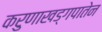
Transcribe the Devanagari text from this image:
करुणाखड्गपातेन